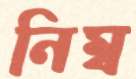
নিম্ব